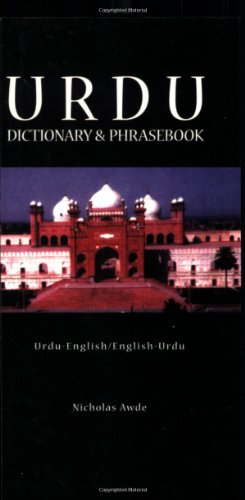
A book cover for Urdu: Urdu-English, English-Urdu Dictionary & Phrasebook (Hippocrene Dictionary and Phrasebook) (Urdu Edition); Nicholas Awde; Travel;